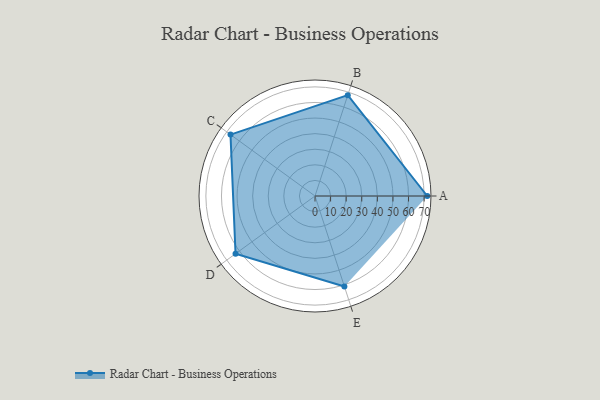
{"axis": {"x": "Skill", "y": "Score"}, "legend": ["Profile"], "data": [{"x": "A", "y": 72.0, "type": "Profile"}, {"x": "B", "y": 68.0, "type": "Profile"}, {"x": "C", "y": 67.0, "type": "Profile"}, {"x": "D", "y": 63.0, "type": "Profile"}, {"x": "E", "y": 61.0, "type": "Profile"}]}